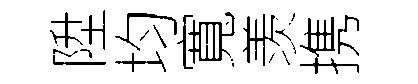
陞均寬羡携